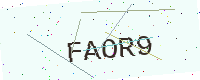
Text: FAOR9